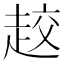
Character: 𧻨